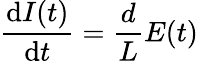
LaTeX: \frac{\mathrm{d}I(t)}{\mathrm{d}t}=\frac{d}{L}E(t)